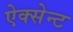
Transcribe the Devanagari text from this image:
ऐक्सेन्ट